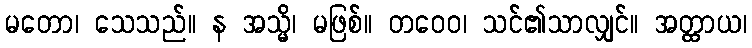
မတော၊ သေသည်။ န အသ္မိ၊ မဖြစ်။ တဝေဝ၊ သင်၏သာလျှင်။ အတ္ထာယ၊